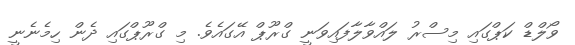
ވޯލްޑް ކަޕްގައި މިސްރު ލައްވާލާފައިވަނީ ގްރޫޕް އޭގައެވެ. މި ގްރޫޕްގައި ދެން ހިމެނެނީ